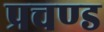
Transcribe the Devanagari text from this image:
प्रचण्‍ड